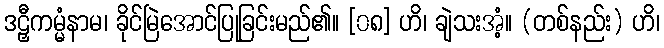
ဒဠှီကမ္မံနာမ၊ ခိုင်မြဲအောင်ပြုခြင်းမည်၏။ [၀၈] ဟိ၊ ချဲသးအံ့။ (တစ်နည်း) ဟိ၊